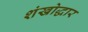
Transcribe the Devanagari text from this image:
शंखोद्धार